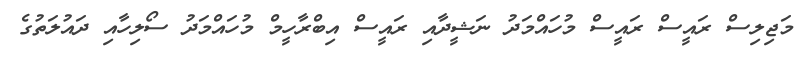
މަޖިލިސް ރައީސް ރައީސް މުހައްމަދު ނަޝީދާއި ރައީސް އިބްރާހީމް މުހައްމަދު ސޯލިހާއި ދައުލަތުގެ